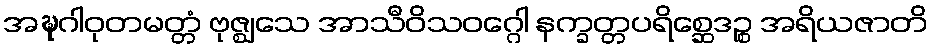
အဍ္ဎဂါဝုတမတ္တံ ဗုဇ္ဈသေ အာသီဝိသဝဂ္ဂေါ နက္ခတ္တပရိစ္ဆေဒဉ္စ အရိယဇာတိ